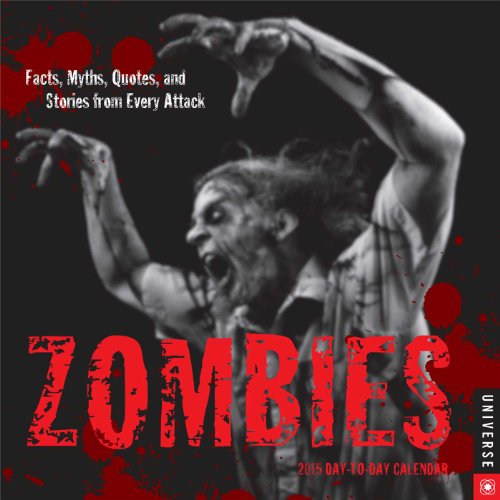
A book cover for Zombies 2015 Day-to-Day Calendar: Facts, Myths, Quotes, and Stories from Evert Attack; Universe Publishing; Calendars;